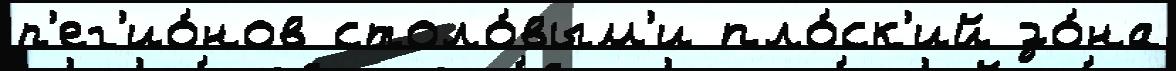
р'ег'ио́нов столо́вым'и пло́ск'ий зо́на